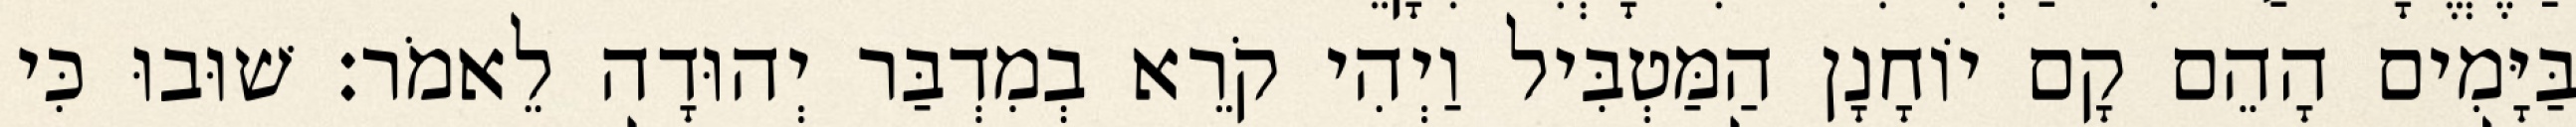
בַּיָּמִים הָהֵם קָם יוֹחָנָן הַמַּטְבִּיל וַיְהִי קֹרֵא בְמִדְבַּר יְהוּדָה לֵאמֹר׃ שׁוּבוּ כִּי